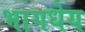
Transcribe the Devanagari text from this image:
भागधेय